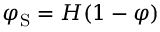
\varphi _ { \mathrm { { S } } } = H ( 1 - \varphi )